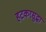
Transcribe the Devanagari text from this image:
हटकरसुद्धा